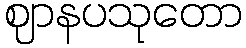
ဈာနပသုတော